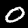
Label: 0